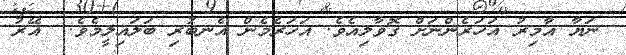
ނަޔާ އާމިރު އަހަރެންނަށް ގޮވާލިއެވެ. އަހަރެމެން އެނބުރި ބަލައިލީމެވެ.  އޭރު